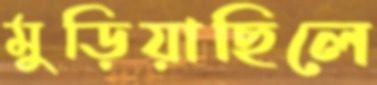
মুড়িয়াছিলে